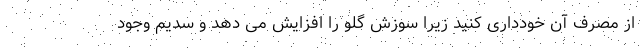
از مصرف آن خودداری کنید زیرا سوزش گلو را افزایش می دهد و سدیم وجود